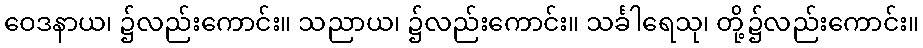
ဝေဒနာယ၊ ၌လည်းကောင်း။ သညာယ၊ ၌လည်းကောင်း။ သင်္ခါရေသု၊ တို့၌လည်းကောင်း။